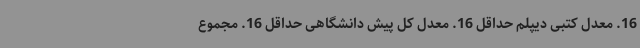
16. معدل کتبی دیپلم حداقل 16. معدل کل پیش دانشگاهی حداقل 16. مجموع